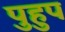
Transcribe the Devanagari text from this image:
पुहुप